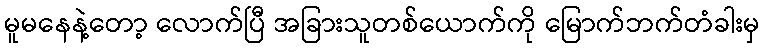
မူမနေနဲ့တော့ လောက်ပြီ အခြားသူတစ်ယောက်ကို မြောက်ဘက်တံခါးမှ